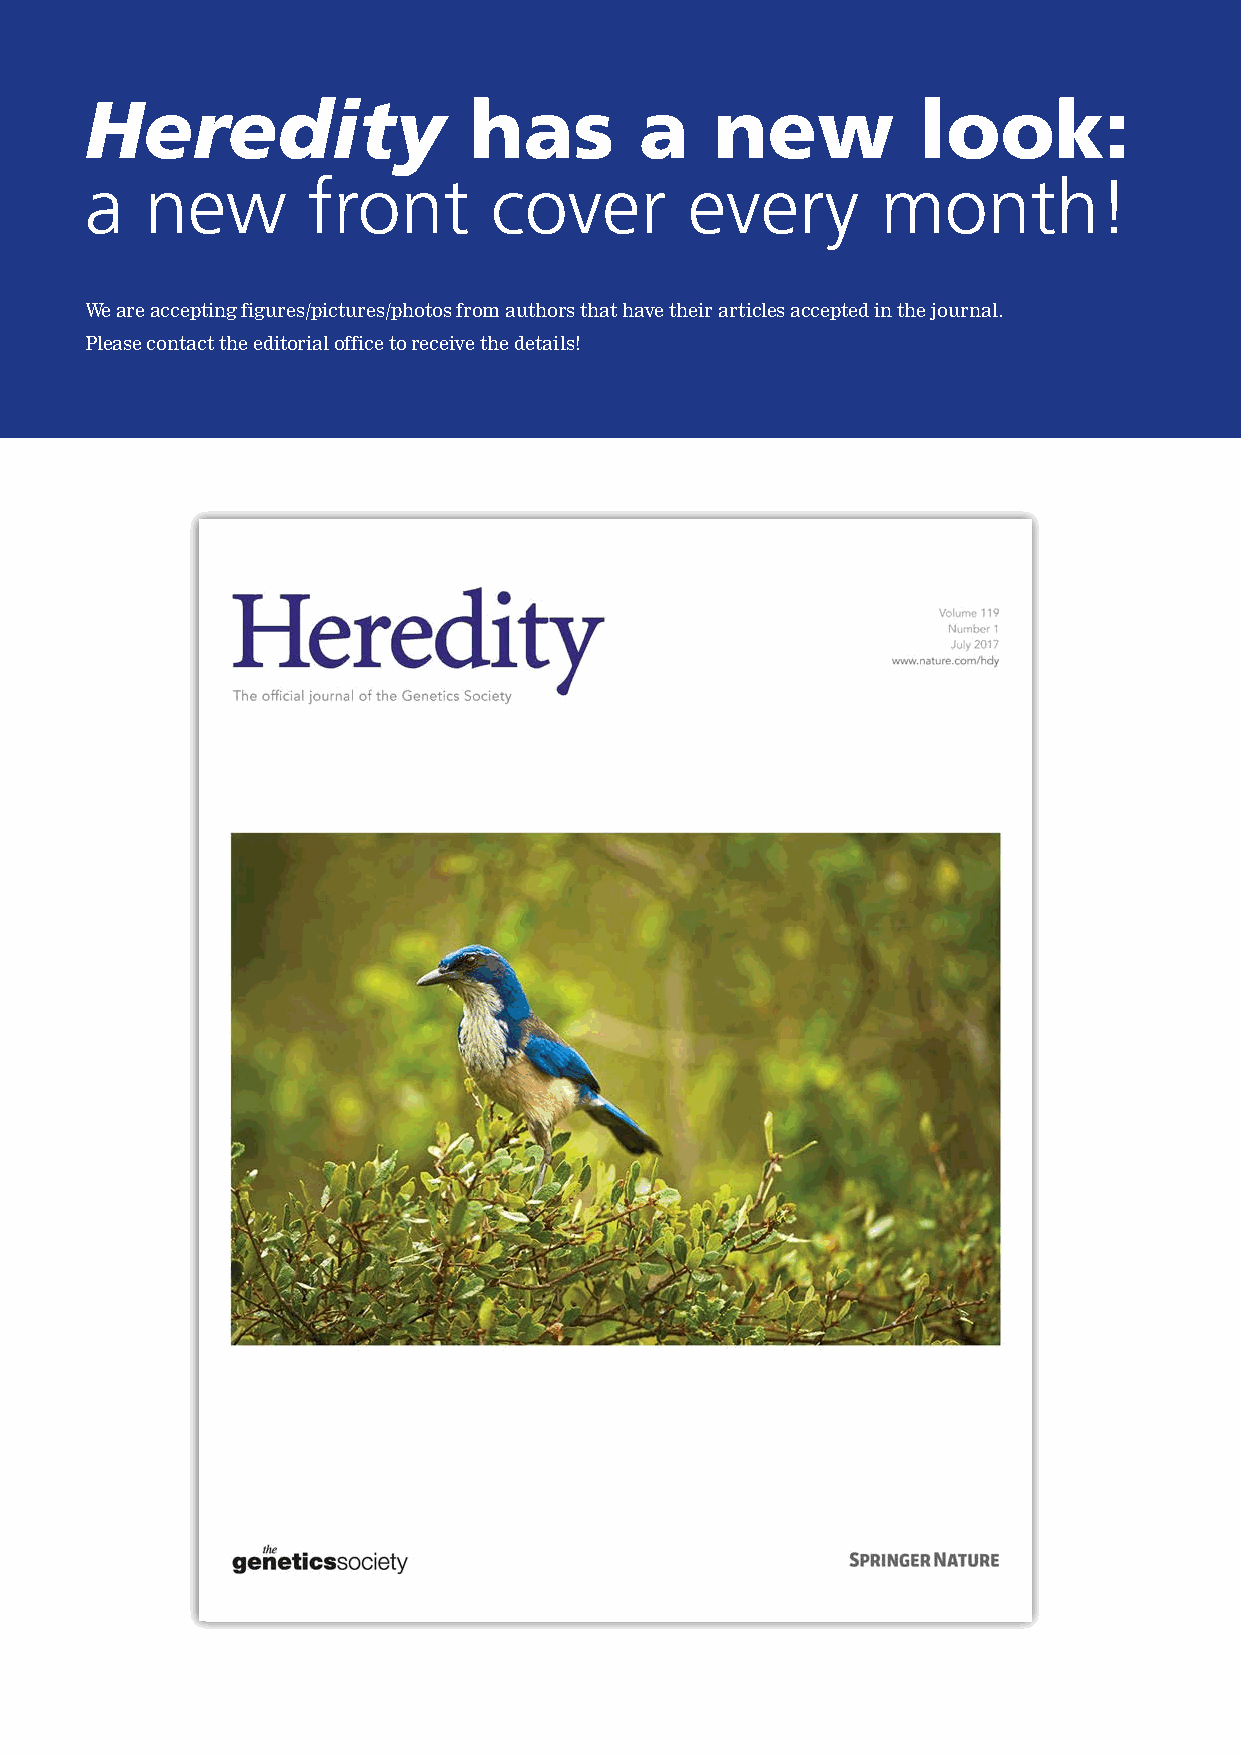
Heredity                 has        a    new           look:
 a   new       front       cover         every       month!
 We are accepting figures/pictures/photos from authors that have their articles accepted in the journal.
 Please contact the editorial office to receive the details!